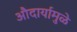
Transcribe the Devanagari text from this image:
औदार्यामुळे